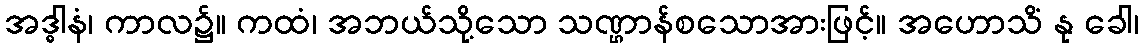
အဒ္ဓါနံ၊ ကာလ၌။ ကထံ၊ အဘယ်သို့သော သဏ္ဌာန်စသောအားဖြင့်။ အဟောသိံ နု ခေါ၊